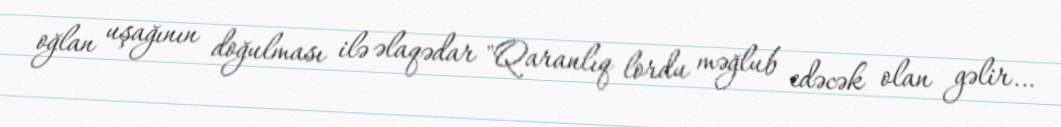
oğlan uşağının doğulması ilə əlaqədar "Qaranlıq lordu məğlub edəcək olan gəlir…